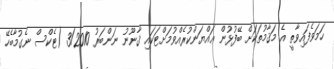
ހަމަވެފައިވާތީ އެ މަޤާމުތަކަށް ބޭފުޅުން ޢައްޔަންކުރެއްވުމަށްޓަކައި ޤާނޫނު ނަންބަރު 3/2010 (ޓެކްސް ނެގުމާބެހޭ